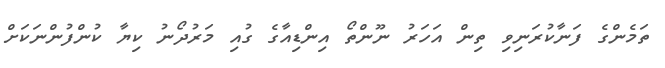
ތަމެންގެ ފަނާކުރަނިވި ތިން އަހަރު ނޫންތޯ އިންޑިއާގެ ގުއި މަރުދޯނު ކިޔާ ކުންފުންނަކަށް